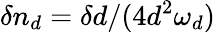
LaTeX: \delta n_{d}=\delta d/(4d^{2}\omega_{d})